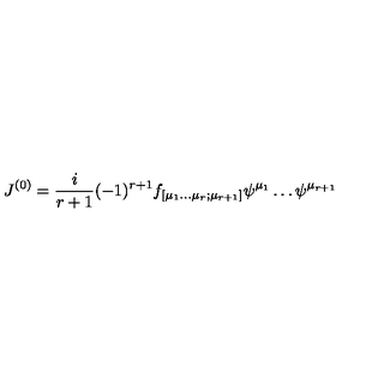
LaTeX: { J } ^ { ( 0 ) } = \frac { i } { r + 1 } ( - 1 ) ^ { r + 1 } f _ { [ \mu _ { 1 } \dots \mu _ { r } ; \mu _ { r + 1 } ] } \psi ^ { \mu _ { 1 } } \dots \psi ^ { \mu _ { r + 1 } }